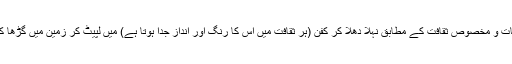
اپنے مردوں کو مذہبی تعلیمات و مخصوص ثقافت کے مطابق نہلا دھلا کر کفن (ہر ثقافت میں اس کا رنگ اور انداز جدا ہوتا ہے) میں لپیٹ کر زمین میں گڑھا کھود کر دفن کر دیا جاتا ہے۔